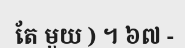
តែ មួយ ) ។ ៦៧ -